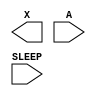
module sky130_fd_sc_lp__iso1p (
    X    ,
    A    ,
    SLEEP
);

    output X    ;
    input  A    ;
    input  SLEEP;

    // Voltage supply signals
    supply1 KAPWR;
    supply0 VGND ;
    supply1 VPB  ;
    supply0 VNB  ;

endmodule